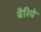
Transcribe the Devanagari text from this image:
बैरिये